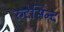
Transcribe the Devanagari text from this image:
रुदेसिन्द